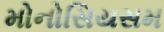
મોનોસિયસમ